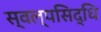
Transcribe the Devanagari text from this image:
स्वल्पसिद्धि